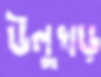
উলুখড়